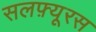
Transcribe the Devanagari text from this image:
सलफ़्यूरस